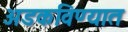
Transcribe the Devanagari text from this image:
अडकविण्यात